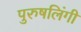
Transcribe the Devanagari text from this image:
पुरुषलिंगी